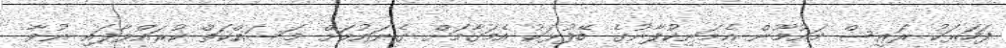
ފަހަރަކު ރައީސް މައުމޫން އެމަނިކުފާނުގެ ބޭފުޅަކު އެމަގާމަށް ގެނައުމަށް މަސައްކަތް ކުރައްވާފައި ނުވާ